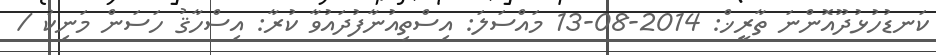
ކަނޑުހުޅުދޫއޮންނަ ތާރީޚް: 2014-08-13 މައްސަލަ: އިސްތިއުނާފުދައުވާ ކުރާ: އިސްހާޤު ހަސަން މަނިކު /